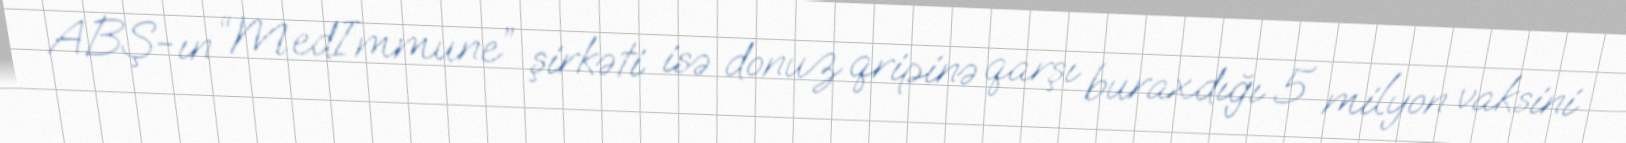
ABŞ-ın “MedImmune” şirkəti isə donuz qripinə qarşı buraxdığı 5 milyon vaksini